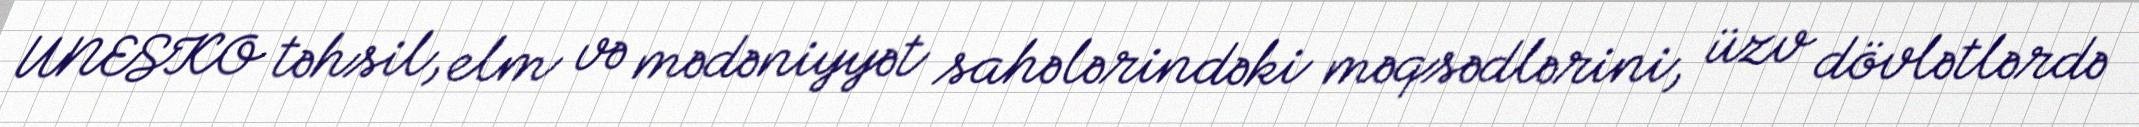
UNESKO təhsil, elm və mədəniyyət sahələrindəki məqsədlərini, üzv dövlətlərdə